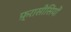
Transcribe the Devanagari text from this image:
फ़्रासीसियों